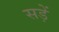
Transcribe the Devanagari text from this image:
सड़ें